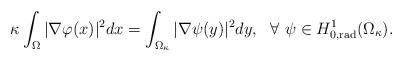
LaTeX: \begin{align*}\kappa \int_{\Omega} |\nabla \varphi (x)|^2 dx = \int_{\Omega_{\kappa}} |\nabla \psi(y)|^2 dy, \ \ \forall \ \psi \in H^1_{0,{\rm{rad}}}(\Omega_{\kappa}).\end{align*}